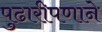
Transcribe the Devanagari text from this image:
पुढारीपणाने